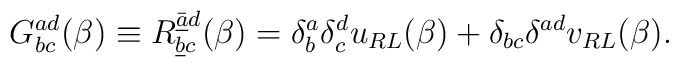
G_{bc}^{ad} ( \beta) \equiv R_{\underline b c}^{\underline{\bar a} d}(\beta) = \delta_b^a \delta_c^d u_{RL} ( \beta) + \delta_{bc}\delta^{ad} v_{RL} ( \beta).